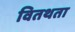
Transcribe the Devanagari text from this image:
वितथता